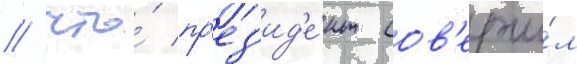
/ что́ пр'ез'ид'е́нт сов'ерши́л